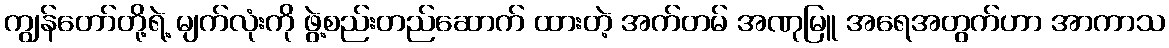
ကျွန်တော်တို့ရဲ့ မျက်လုံးကို ဖွဲ့စည်းတည်ဆောက် ထားတဲ့ အက်တမ် အဏုမြူ အရေအတွက်ဟာ အာကာသ